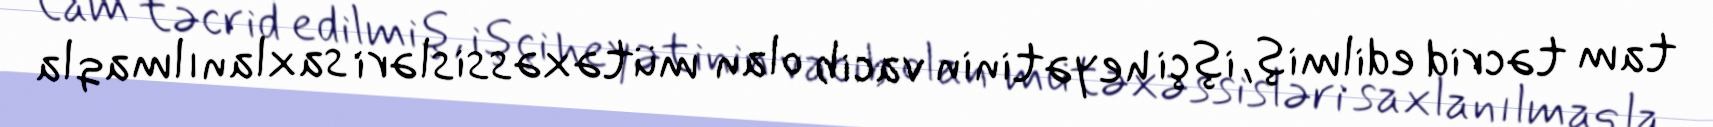
tam təcrid edilmiş, işçi heyətinin vacib olan mütəxəssisləri saxlanılmaqla